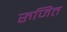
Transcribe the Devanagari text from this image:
रुजित